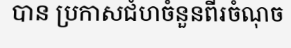
បាន ប្រកាសជំហចំនួនពីរចំណុច